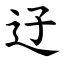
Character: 䢊